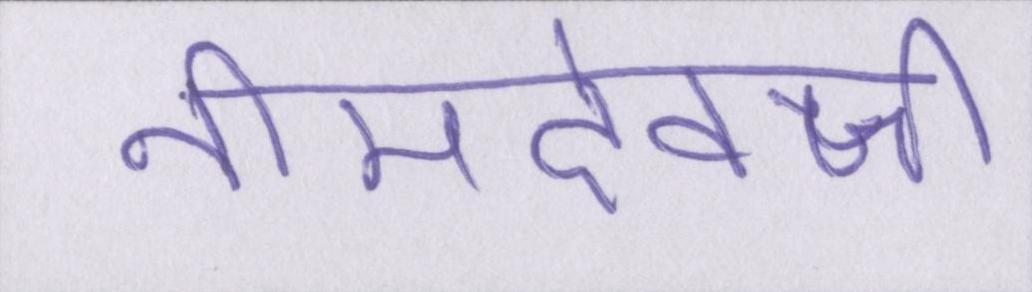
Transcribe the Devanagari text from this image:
नीमदेवजी